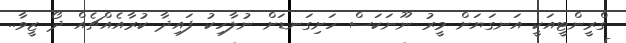
ގްރީންޓީއަކީ އަނގަޔަށް މީރު ނޫނަކަސް ހަށިގަނޑަށް ނުލާހިކު ފައިދާ ކުރާއެއްޗެއް ދޯ ޒީވާ..